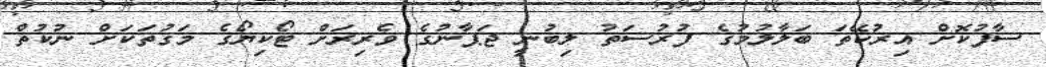
ސާފުކޮށް އިރުކޭތަ ބަލާލުމުގެ ފުރުސަތު ލިބުނީ ޖަޕާނުގެ ވެރިރަށް ޓޯކިޔޯގެ މަގުތަކަށް ނުކުތް